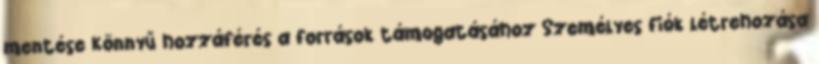
mentése Könnyű hozzáférés a források támogatásához Személyes fiók létrehozása